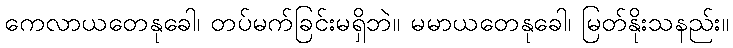
ကေလာယတေနုခေါ၊ တပ်မက်ခြင်းမရှိဘဲ။ မမာယတေနုခေါ၊ မြတ်နိုးသနည်း။